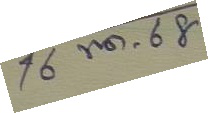
16 พ.ค. 68